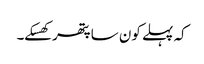
کہ پہلے کون سا پتھر کھسکے۔